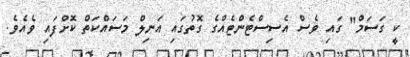
ކީ ގަސަމް" ގައި ވެސް އެސިސްޓެންޓެއްގެ ގޮތުގައި އަނިލް މަސައްކަތް ކޮށްފައި ވެއެވެ.